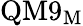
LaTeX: \mathrm{QM9_{M}}